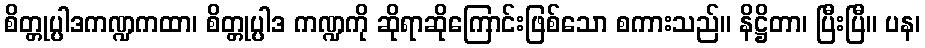
စိတ္တုပ္ပါဒကဏ္ဍကထာ၊ စိတ္တုပ္ပါဒ ကဏ္ဍကို ဆိုရာဆိုကြောင်းဖြစ်သော စကားသည်။ နိဋ္ဌိတာ၊ ပြီးပြီ။ ပန၊